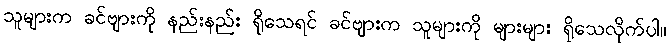
သူများက ခင်ဗျားကို နည်းနည်း ရိုသေရင် ခင်ဗျားက သူများကို များများ ရိုသေလိုက်ပါ။